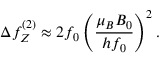
\Delta f _ { Z } ^ { ( 2 ) } \approx 2 f _ { 0 } \left( \frac { \mu _ { B } B _ { 0 } } { h f _ { 0 } } \right) ^ { 2 } .